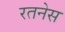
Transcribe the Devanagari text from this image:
रतनेस